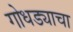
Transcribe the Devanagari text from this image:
गोधड्याचा